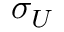
\sigma _ { U }